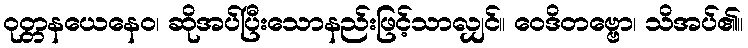
ဝုတ္တနယေနေဝ၊ ဆိုအပ်ပြီးသောနည်းဖြင့်သာလျှင်။ ဝေဒိတဗ္ဗော၊ သိအပ်၏။